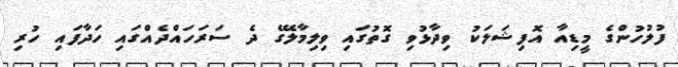
ފުލުހުންގެ މީޑިއާ އޮފިޝަލަކު ވިދާޅުވި ގޮތުގައި ވިލިމާލޭގެ ދެ ސަރަހައްދެއްގައި ހަދާފައި ހުރި